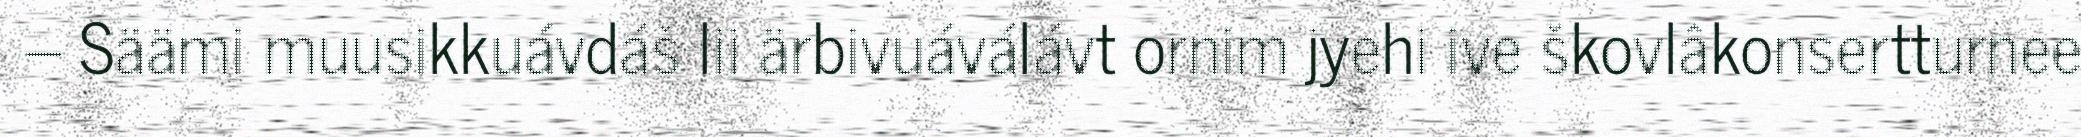
– Säämi muusikkuávdáš lii ärbivuáválávt ornim jyehi ive škovlâkonsertturnee